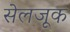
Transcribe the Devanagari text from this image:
सेलजूक